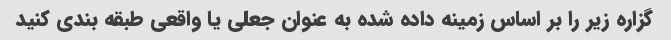
گزاره زیر را بر اساس زمینه داده شده به عنوان جعلی یا واقعی طبقه بندی کنید